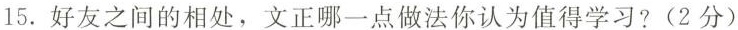
15.好友之间的相处，文正哪一点做法你认为值得学习?(2分)